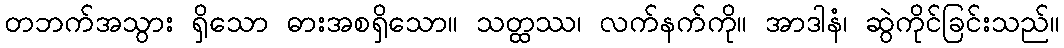
တဘက်အသွား ရှိသော ဓားအစရှိသော။ သတ္ထဿ၊ လက်နက်ကို။ အာဒါနံ၊ ဆွဲကိုင်ခြင်းသည်။